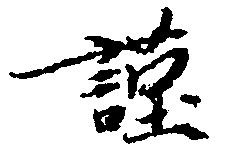
謹